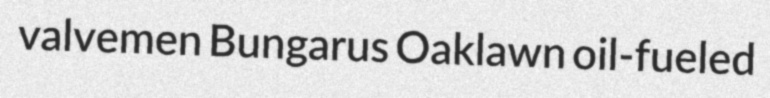
valvemen Bungarus Oaklawn oil-fueled